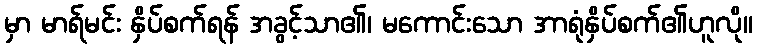
မှာ မာရ်မင်း နှိပ်စက်ရန် အခွင့်သာ၏၊ မကောင်းသော အာရုံနှိပ်စက်၏ဟူလို။